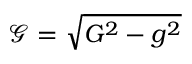
\mathcal { G } = \sqrt { G ^ { 2 } - g ^ { 2 } }